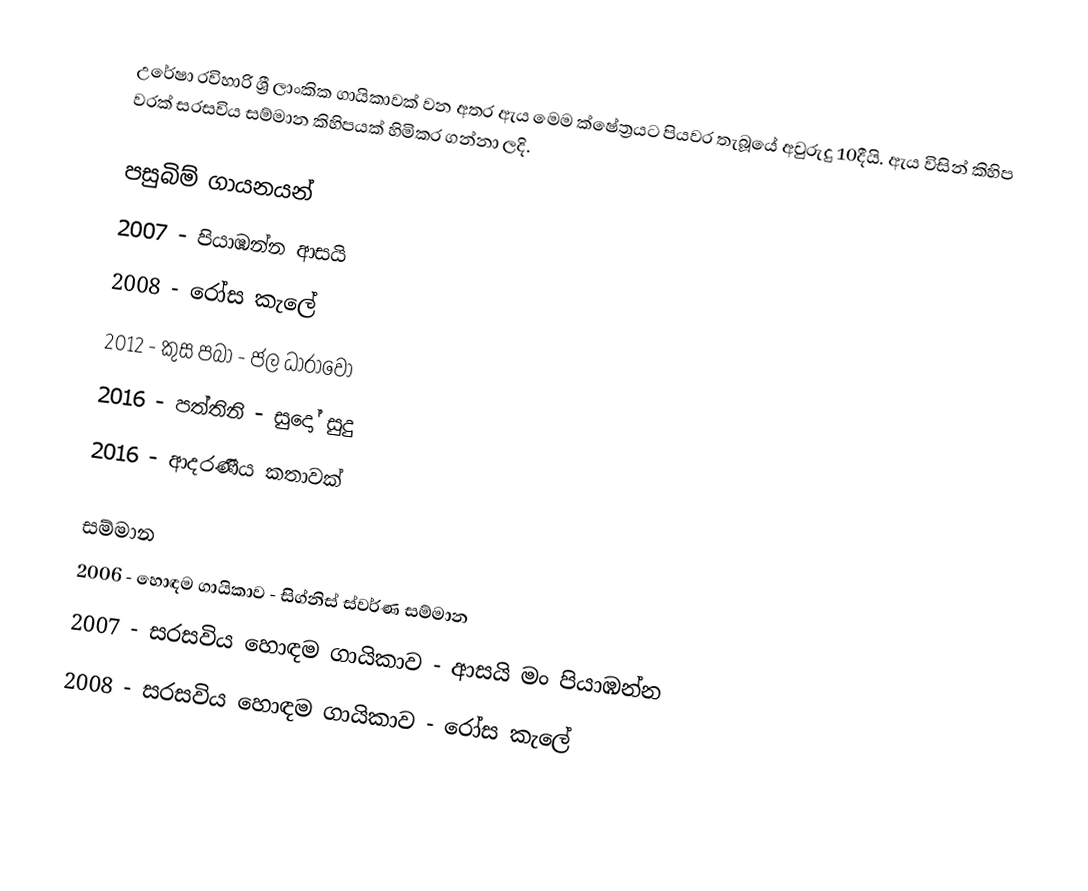
උරේෂා රවිහාරි ශ්‍රී ලාංකික ගායිකාවක් වන අතර ඇය මෙම ක්ෂේත්‍රයට පියවර තැබූයේ  අවුරුදු 10දීයි. ඇය විසින් කිහිප වරක් සරසවිය සම්මාන කිහිපයක් හිමිකර ගන්නා ලදි.

පසුබිම් ගායනයන්
2007 - පියාඹන්න ආසයි
2008 - රෝස කැලේ
2012 - කුස පබා - ජල ධාරාවෝ
2016 - පත්තිනි - සුදෝ සුදු
2016 - ආදරණීය කතාවක්

සම්මාන
2006 - හොඳම ගායිකාව - සිග්නිස් ස්වර්ණ සම්මාන
2007 - සරසවිය හොඳම ගායිකාව - ආසයි මං පියාඹන්න
2008 - සරසවිය හොඳම ගායිකාව - රෝස කැලේ